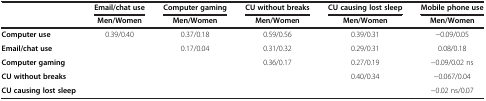
<table><thead><tr><td><b> </b></td><td><b>Email/chat use</b></td><td><b>Computer gaming</b></td><td><b>CU without breaks</b></td><td><b>CU causing lost sleep</b></td><td><b>Mobile phone use</b></td></tr><tr><td><b> </b></td><td><b>Men/Women</b></td><td><b>Men/Women</b></td><td><b>Men/Women</b></td><td><b>Men/Women</b></td><td><b>Men/Women</b></td></tr></thead><tbody><tr><td><b>Computer use</b></td><td>0.39/0.40</td><td>0.37/0.18</td><td>0.59/0.56</td><td>0.39/0.31</td><td>−0.09/0.05</td></tr><tr><td><b>Email/chat use</b></td><td> </td><td>0.17/0.04</td><td>0.31/0.32</td><td>0.29/0.31</td><td>0.08/0.18</td></tr><tr><td><b>Computer gaming</b></td><td> </td><td> </td><td>0.36/0.17</td><td>0.27/0.19</td><td>−0.09/0.02 ns</td></tr><tr><td><b>CU without breaks</b></td><td> </td><td> </td><td> </td><td>0.40/0.34</td><td>−0.067/0.04</td></tr><tr><td><b>CU causing lost sleep</b></td><td> </td><td> </td><td> </td><td> </td><td>−0.02 ns/0.07</td></tr></tbody></table>